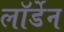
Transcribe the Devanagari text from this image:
लॉर्डेन